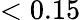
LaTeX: <0.15